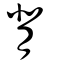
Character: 背